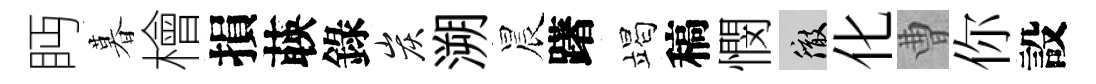
眄暮檜損𦴤錄炭溯晨躇竭稿憫徹化曹你設